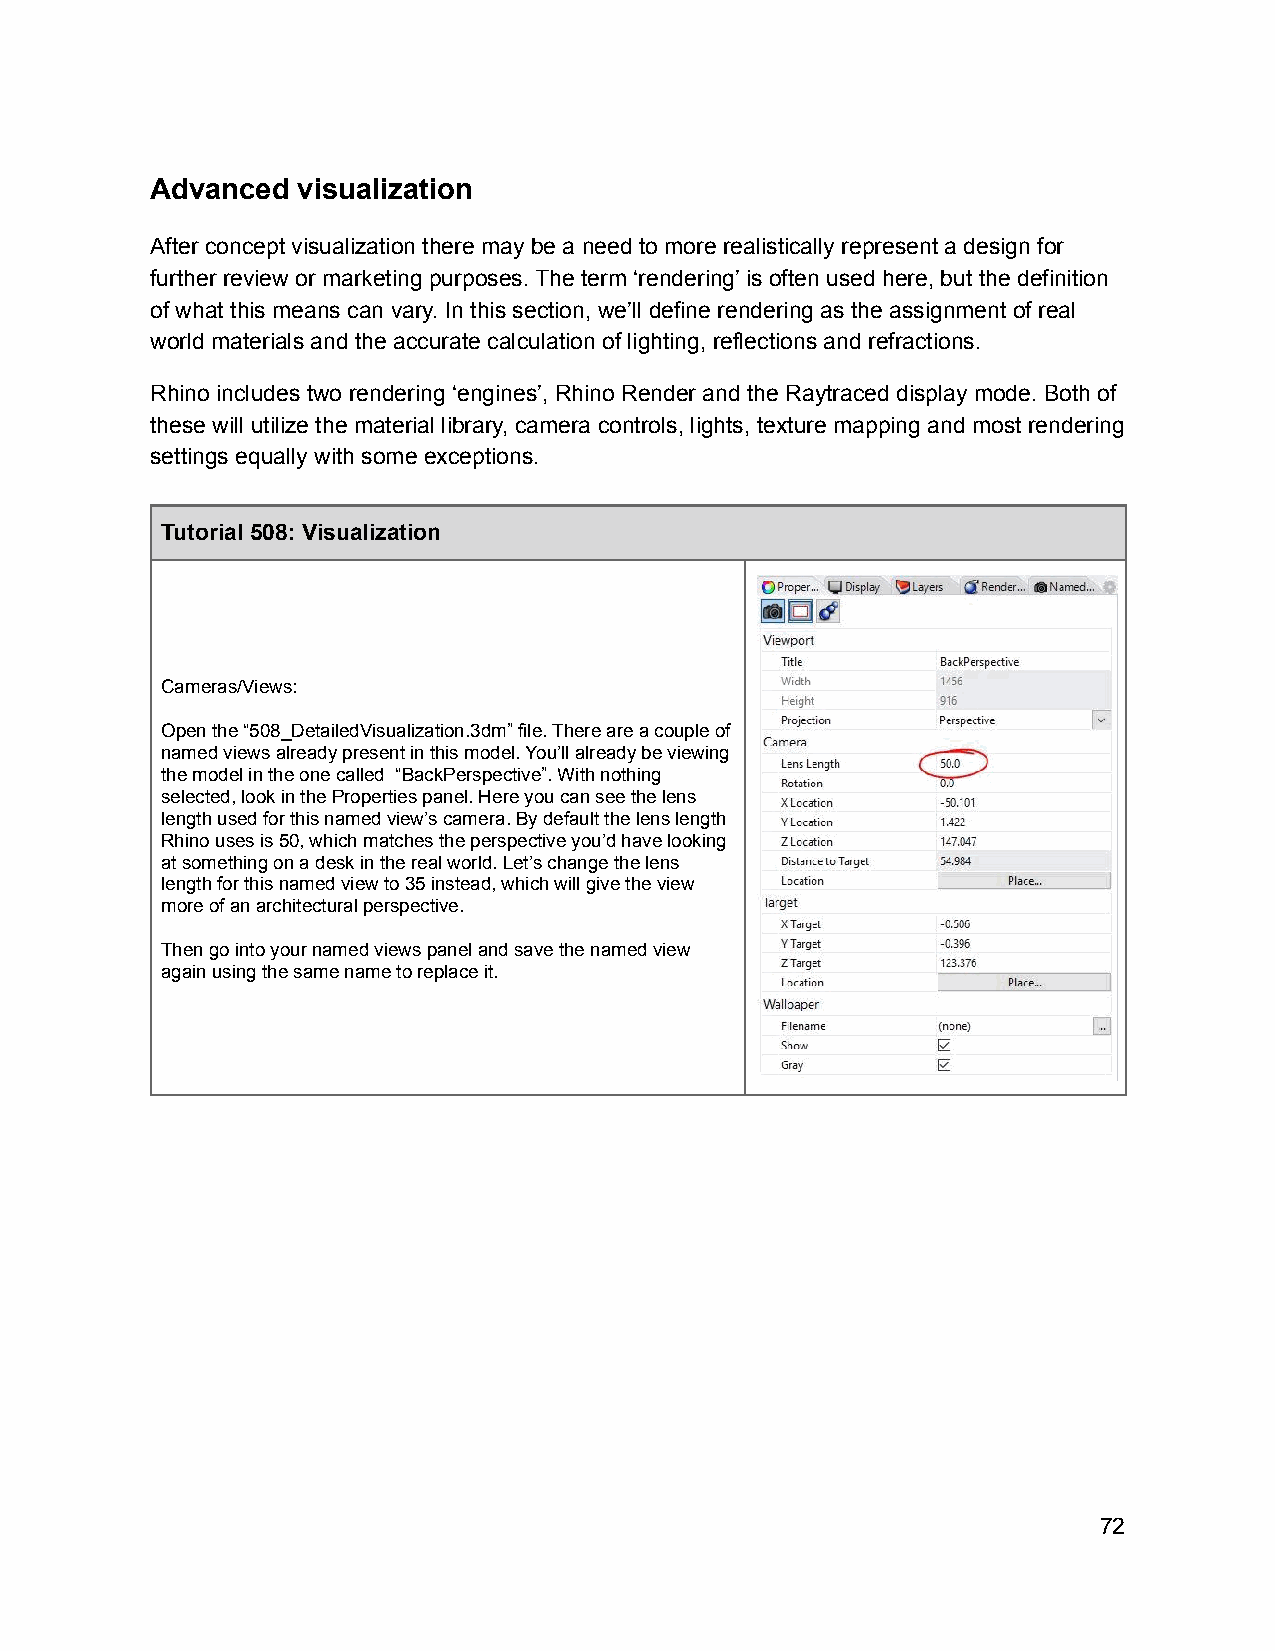
Advanced  visualization
 After concept visualization there may be a need to more realistically represent a design for
 further review or marketing purposes. The term ‘rendering’ is often used here, but the definition
 of what this means can vary. In this section, we’ll define rendering as the assignment of real
 world materials and the accurate calculation of lighting, reflections and refractions.
 Rhino includes two rendering ‘engines’, Rhino Render and the Raytraced display mode. Both of
 these will utilize the material library, camera controls, lights, texture mapping and most rendering
 settings equally with some exceptions.
 Tutorial 508: Visualization
 Cameras/Views:
 Open the “508_DetailedVisualization.3dm” file. There are a couple of
 named views already present in this model. You’ll already be viewing
 the model in the one called “BackPerspective”. With nothing
 selected, look in the Properties panel. Here you can see the lens
 length used for this named view’s camera. By default the lens length
 Rhino uses is 50, which matches the perspective you’d have looking
 at something on a desk in the real world. Let’s change the lens
 length for this named view to 35 instead, which will give the view
 more of an architectural perspective.
 Then go into your named views panel and save the named view
 again using the same name to replace it.
 72